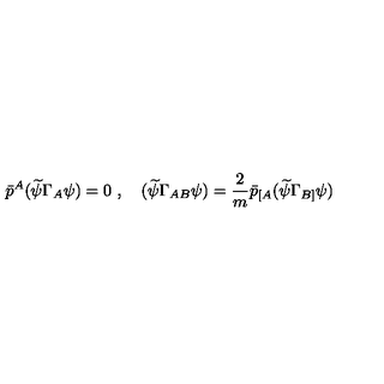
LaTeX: \bar { p } ^ { A } ( \widetilde { \psi } \Gamma _ { A } \psi ) = 0 \ , \quad ( \widetilde { \psi } \Gamma _ { A B } \psi ) = \frac { \displaystyle 2 } { \displaystyle m } \bar { p } _ { [ A } ( \widetilde { \psi } \Gamma _ { B ] } \psi )